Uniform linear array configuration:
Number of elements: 32
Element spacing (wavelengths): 1
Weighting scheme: hann
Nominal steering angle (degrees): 30
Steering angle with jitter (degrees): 30.68
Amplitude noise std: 0.05
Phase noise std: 0.05

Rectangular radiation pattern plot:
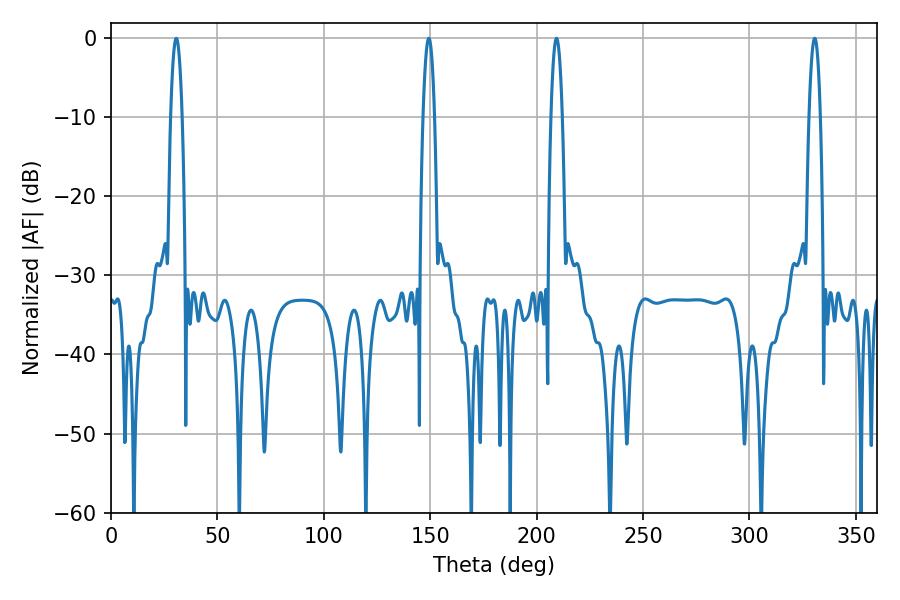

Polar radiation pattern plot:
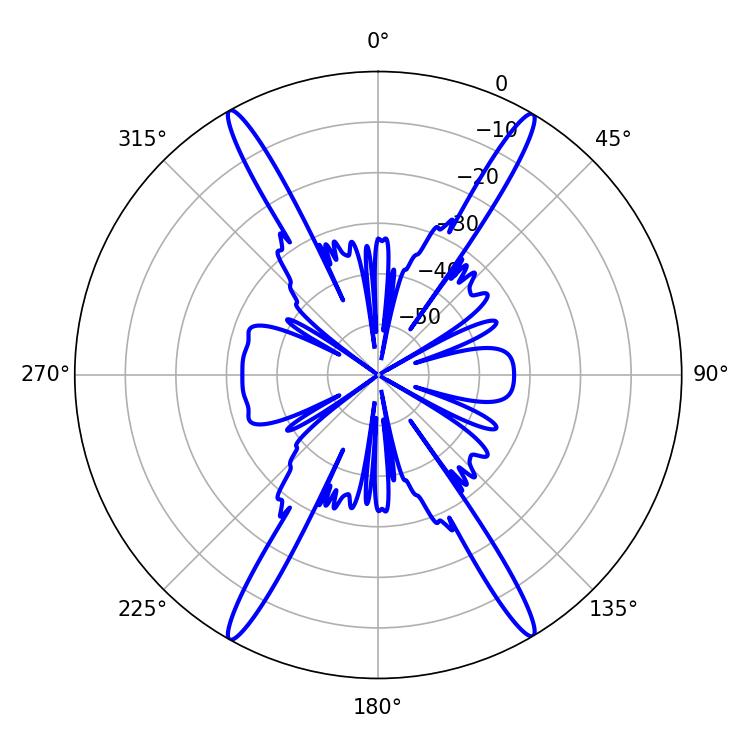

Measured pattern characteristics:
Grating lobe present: TRUE
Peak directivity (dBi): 28.396
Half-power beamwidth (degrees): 2.88
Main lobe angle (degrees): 330.66